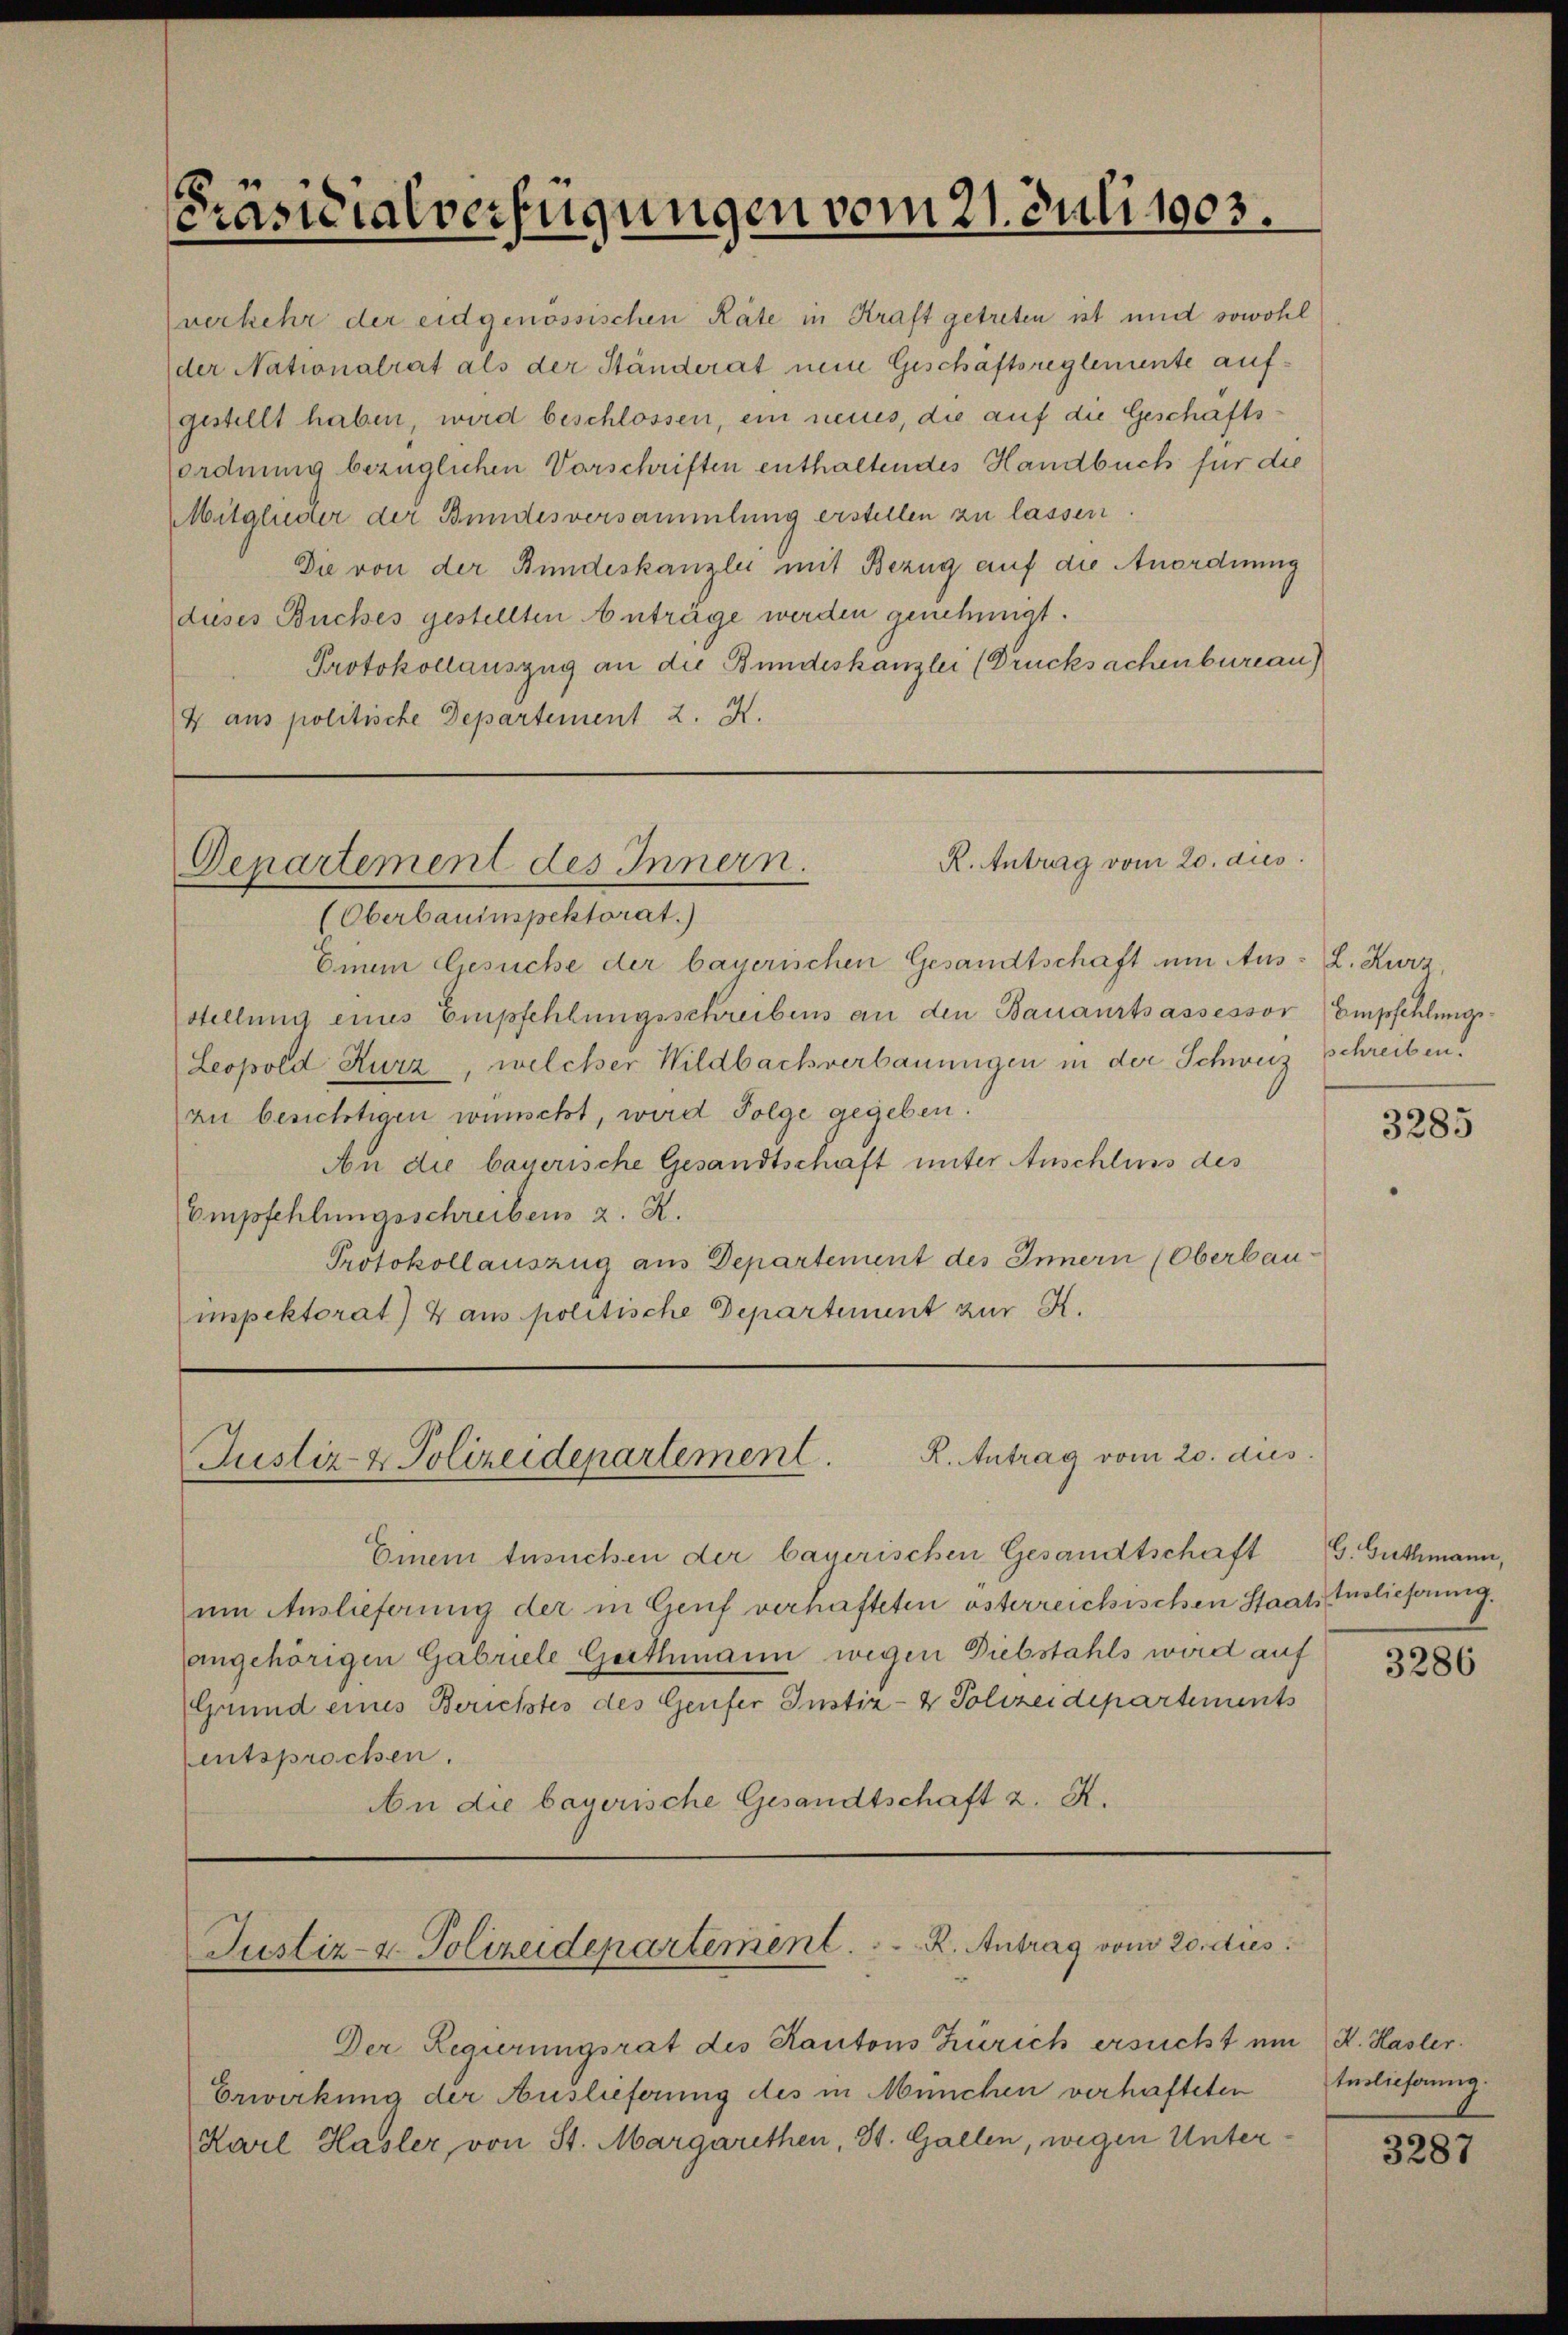
Präsidialverfügungen vom 21. Juli 1903.

verkehr der eidgenössischen Räte in Kraft getreten ist und sowohl
der Nationalrat als der Ständerat neue Geschäftsreglemente aufgestellt haben, wird beschlossen, ein neues, die auf die Geschäftsordnung bezüglichen Vorschriften enthaltendes Handbuch für die
Mitglieder der Bundesversammlung erstellen zu lassen.
Die von der Bundeskanzlei mit Bezug auf die Anordnung
dieses Buches gestellten Anträge werden genehmigt.
Protokollauszug an die Bundeskanzlei (Drucksachenbureau)
4 aus politische Departement 2. X.

R. Antrag vom 20. dies
Denartement des Innern.
(Oberbauinspektorat.)

Einem Gesuche der bayerischen Gesandtschaft um Aus- L. Kurz,
stellung eines Empfehlungsschreibens an den Bauaurtsassessor Empfehlungs¬
Leopold Kurz, welcher Wildbachverbauungen in der Schweiz
zu besichtigen wünscht, wird Folge gegeben.
An die bauerische Gesandtschaft unter Anschluss des
Empfehlungsschreibens z. R.
Protokollauszug aus Departement des Innern (Oberbau
impektorat) 4 aus politische Departement zur K.

Justiz- & Polizeidepartement. K. Antrag vom 20. dies

Justiz- & Polizeidepartement . . . . . . . . . R. Antrag vom 20. dies

Der Regierungsrat des Kantons Zürich ersucht um K. Hasler.
Erwirkung der Auslieferung des in München verhafteten Endlieferung
Karl Hasler von St. Margarethen, St. Gallen, wegen Unter¬

Einem Ansuchen der bayerischen Gesandtschaft
um Auslieferung der in Genf verhafteten österreichischen Staatsangehörigen Gabriele Gerthmann wegen Diebstahls wird auf
Grund eines Berichtes des Genfer Instiz- & Polizeidepartements
entsprochen.
An die bayerische Gesandtschaft z. B.

schreiben.

3285

G. Guthmann,
tuslieferung.

3286

3287